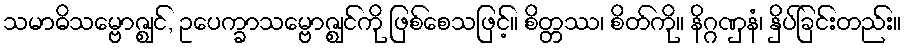
သမာဓိသမ္ဗောဇ္ဈင်, ဥပေက္ခာသမ္ဗောဇ္ဈင်ကို ဖြစ်စေသဖြင့်။ စိတ္တဿ၊ စိတ်ကို။ နိဂ္ဂဏှနံ၊ နှိပ်ခြင်းတည်း။